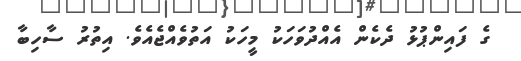
ގެ ފައިންޕުޅު ދެކެން އެއްދުވަހަކު މީހަކު އަތުވެއްޖެއެވެ. އިތުރު ސާހިބާ